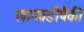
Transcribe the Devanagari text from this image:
लागवडीपैकी